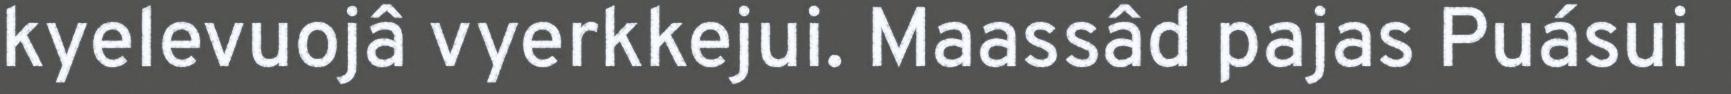
kyelevuojâ vyerkkejui. Maassâd pajas Puásui